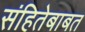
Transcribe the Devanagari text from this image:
संहितेबाबत